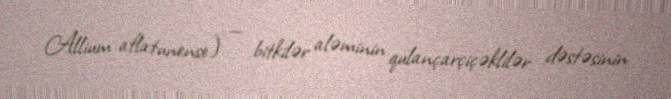
Allium aflatunense) — bitkilər aləminin qulançarçiçəklilər dəstəsinin